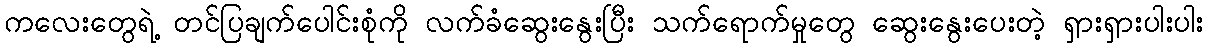
ကလေးတွေရဲ့ တင်ပြချက်ပေါင်းစုံကို လက်ခံဆွေးနွေးပြီး သက်ရောက်မှုတွေ ဆွေးနွေးပေးတဲ့ ရှားရှားပါးပါး